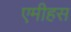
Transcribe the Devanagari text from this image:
एमीहस